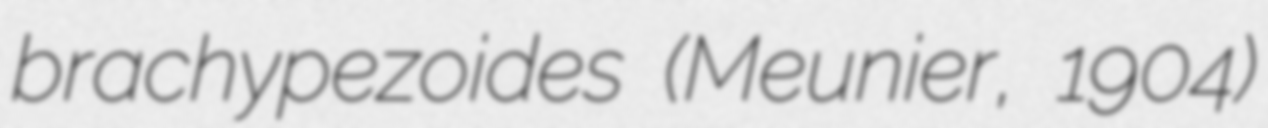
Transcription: brachypezoides (Meunier, 1904)